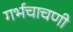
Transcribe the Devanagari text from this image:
गर्भचाचणी